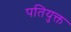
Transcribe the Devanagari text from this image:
पतियुक्त